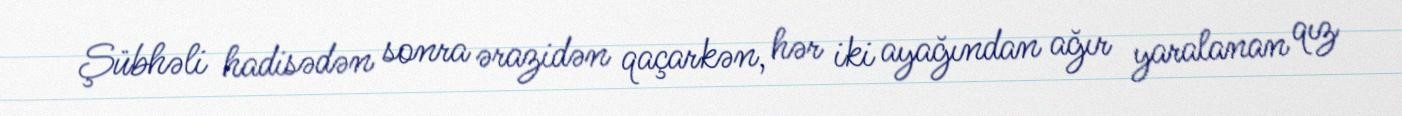
Şübhəli hadisədən sonra ərazidən qaçarkən, hər iki ayağından ağır yaralanan qız